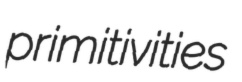
primitivities